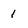
Character: 1